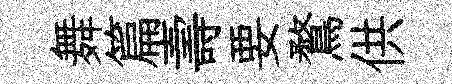
舞篇壽要鶩供